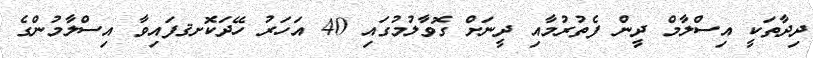
ދިދާތަކީ އިސްލާމް ދީން ފެތުރުމާއި ދީނަށް ގޮވާލުމުގައި 40 އަހަރު ހޭދަކޮށޤފައިވާ އިސްލާމުންގެ